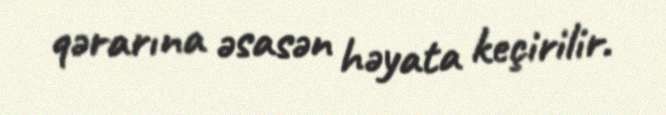
qərarına əsasən həyata keçirilir.